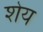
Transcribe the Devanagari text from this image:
शेय